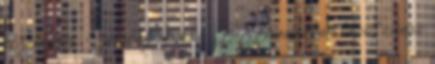
tetszeni fog. Szóval az alany a Zsákbamacskában kapott essence